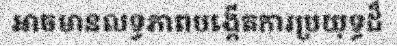
អាចមានលទ្ធភាពបង្កើតការប្រយុទ្ធដ៏